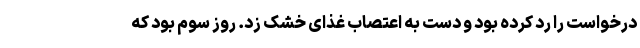
درخواست را رد کرده بود و دست به اعتصاب غذای خشک زد. روز سوم بود که